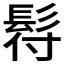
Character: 𩬙